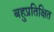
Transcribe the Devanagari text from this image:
बहुप्रतिक्षित